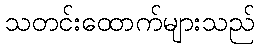
သတင်းထောက်များသည်